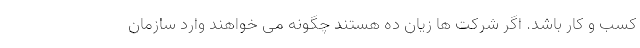
کسب و کار باشد. اگر شرکت ها زیان ده هستند چگونه می خواهند وارد سازمان